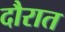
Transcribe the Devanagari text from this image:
दौरात